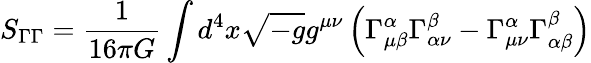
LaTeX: S_{\Gamma\Gamma}=\frac{1}{16\pi G}\int d^{4}x\sqrt{-g}g^{\mu\nu}\left(\Gamma_{\mu\beta}^{\alpha}\Gamma_{\alpha\nu}^{\beta}-\Gamma_{\mu\nu}^{\alpha}\Gamma_{\alpha\beta}^{\beta}\right)